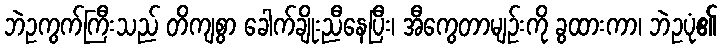
ဘဲဥကွက်ကြီးသည် တိကျစွာ ခေါက်ချိုးညီနေပြီး၊ အီကွေတာမျဉ်းကို ခွထားကာ၊ ဘဲဥပုံ၏